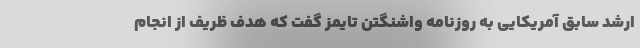
ارشد سابق آمریکایی به روزنامه واشنگتن تایمز گفت که هدف ظریف از انجام